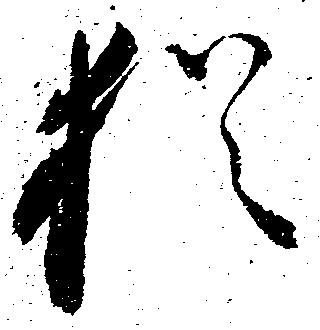
猶